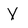
Character: V